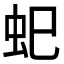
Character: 𮓷